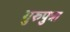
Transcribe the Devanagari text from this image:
गुरुपुत्रा